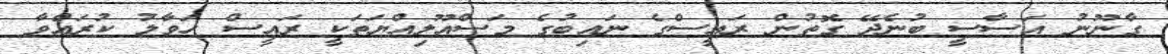
ގާނޫނު އަސާސީ ބުނެދޭ ގޮތުން ރައީސްގެ ނައިބުގެ މަސްއޫލިއްޔަތަކީ ރައީސް ހަވާލު ކުރައްވާ